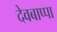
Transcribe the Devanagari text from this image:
देवबाप्पा